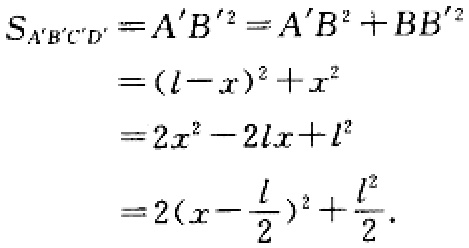
\[
\begin{align*}
S_{A'B'C'D'}&=A'B'^{2}=A'B^{2}+BB'^{2}\\
&=(l - x)^{2}+x^{2}\\
&=2x^{2}-2lx + l^{2}\\
&=2\left(x-\frac{l}{2}\right)^{2}+\frac{l^{2}}{2}.
\end{align*}
\]